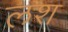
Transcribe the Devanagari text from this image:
लश